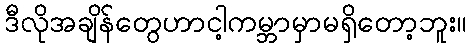
ဒီလိုအချိန်တွေဟာငါ့ကမ္ဘာမှာမရှိတော့ဘူး။